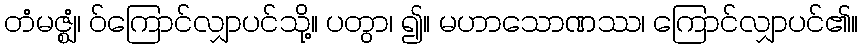
တံမဇ္ဈံ၊ ဝ်ကြောင်လျှာပင်သို့။ ပတွာ၊ ၍။ မဟာသောဏဿ၊ ကြောင်လျှာပင်၏။